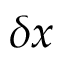
\delta x